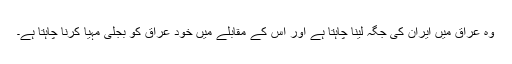
وہ عراق میں ایران کی جگہ لینا چاہتا ہے اور اس کے مقابلے میں خود عراق کو بجلی مہیا کرنا چاہتا ہے۔